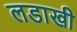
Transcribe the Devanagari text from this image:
लडाखी